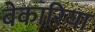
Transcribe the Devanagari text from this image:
बेकारिया